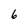
Character: 6